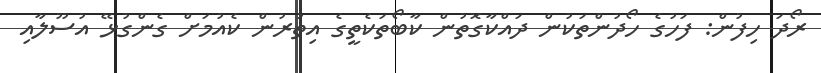
ރޯދަ ހިފުން: ފަހުގެ ހޯދުންތަކުން ދައްކާގޮތުން ކާބޯތަކެތީގެ އިތުރުން ކެއުމަށް ގެންގުޅޭ އުސޫލާއި